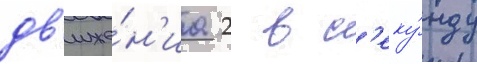
дв'иже́н'иа 2 в с'еку́нду